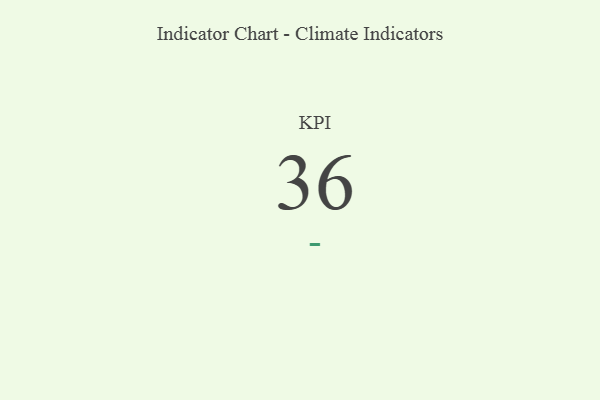
{"axis": {"x": "KPI", "y": "Value"}, "legend": [""], "data": [{"x": "KPI", "y": 36, "type": ""}]}